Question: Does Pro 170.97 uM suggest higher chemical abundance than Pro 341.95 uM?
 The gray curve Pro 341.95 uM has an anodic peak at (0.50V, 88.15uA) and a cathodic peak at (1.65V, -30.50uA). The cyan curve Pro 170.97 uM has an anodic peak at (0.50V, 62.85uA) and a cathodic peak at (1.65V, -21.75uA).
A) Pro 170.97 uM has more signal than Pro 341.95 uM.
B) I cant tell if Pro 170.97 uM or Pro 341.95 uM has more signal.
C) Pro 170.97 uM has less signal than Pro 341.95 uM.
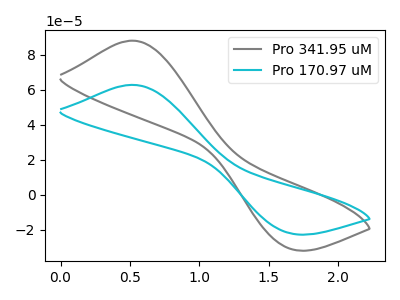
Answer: <think>All the peaks in "Pro 170.97 uM" have a peak in "Pro 341.95 uM" at the same potential. Every peak in "Pro 170.97 uM" is lower than every peak in "Pro 341.95 uM".
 </think>
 <answer>C) "Pro 170.97 uM" has less signal than "Pro 341.95 uM".</answer>
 <eval>C</eval>